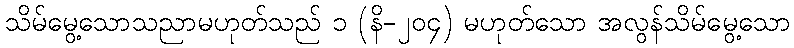
သိမ်မွေ့သောသညာမဟုတ်သည် ၁ (နိ-၂၀၄) မဟုတ်သော အလွန်သိမ်မွေ့သော